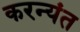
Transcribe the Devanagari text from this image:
करन्यंत